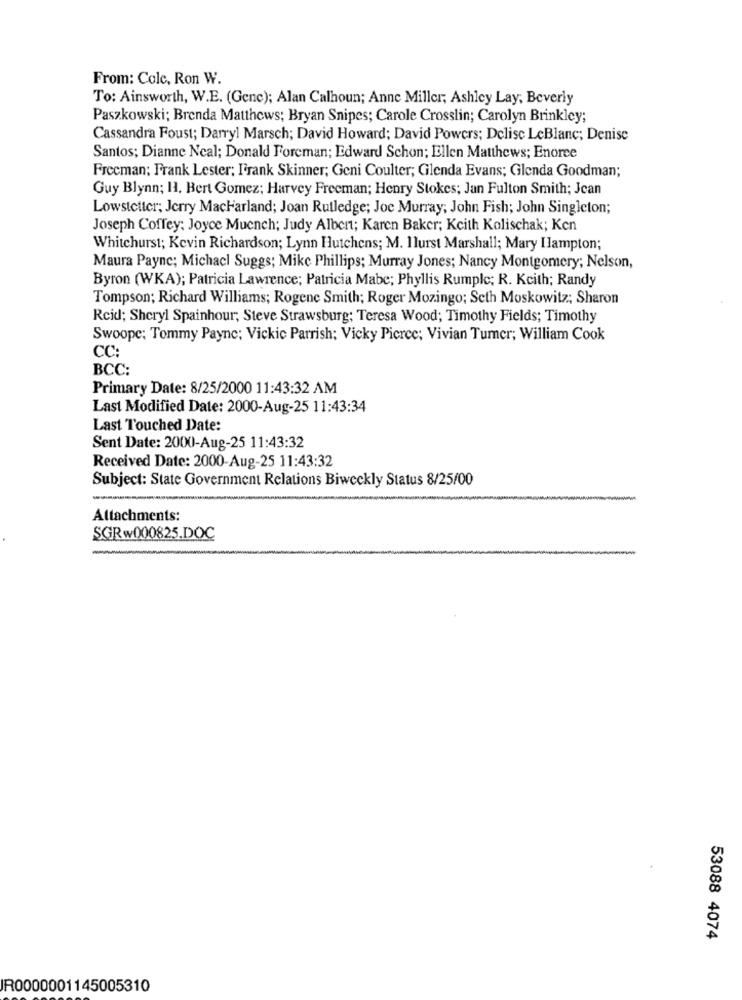
From: Colc, Ron W.
To: Ainsworth, W.E. (Genc); Alan Calhoun; Anne Miller; Ashley Lay, Beverly
Paszkowski; Brenda Matthews; Bryan Snipes; Carole Crosslin; Carolyn Brinkley;
Cassandra Foust; Darryl Marsch; David Howard; David Powers; Dclise LeBlanc; Denise
Santos; Dianne Neal; Donald Foreman; Edward Schon; Ellen Matthews; Enoree
Freeman; Frank Lester; Frank Skinner; Geni Coulter; Glenda Evans; Glenda Goodman;
Guy Blynn; H. Bert Gomez; Harvey Freeman; Henry Stokes; Jan Fulton Smith; Jean
Lowstetter; Jerry MacHarland; Joan Rutledge; Joc Murray; John Fish; John Singleton;
Joseph Coffey; Joyce Muench; Judy Albert; Karen Baker; Keith Kolischak; Ken
Whitehurst; Kevin Richardson; Lynn Hutchens; M. Ilurst Marshall; Mary Ilampton;
Maura Payne; Michacl Suggs; Mike Phillips; Murray Jones; Nancy Montgomery; Nelson,
Byron (WKA); Patricia Lawrence; Patricia Mabe; Phyllis Rumple; R. Keith; Randy
Tompson; Richard Williams; Rogene Smith; Roger Mozingo; Seth Moskowitz; Sharon
Rcid; Sheryl Spainhour; Steve Strawsburg; Teresa Wood; Timothy Fields; Timothy
Swoopc; Tommy Payne; Vickie Parrish; Vicky Pierce; Vivian Tumer; William Cook
CC:
BCC:
Primary Date: 8/25/2000 11:43:32 AM
Last Modified Date: 2000-Aug-25 11:43:34
Last Touched Date:
Sent Date: 2000-Aug-25 11:43:32
Received Date: 2000-Aug-25 11:43:32
Subject: State Government Relations Biweekly Status 8/25/00
Attachments:
SGR w000825.DOC
53088 4074
IR0000001145005310